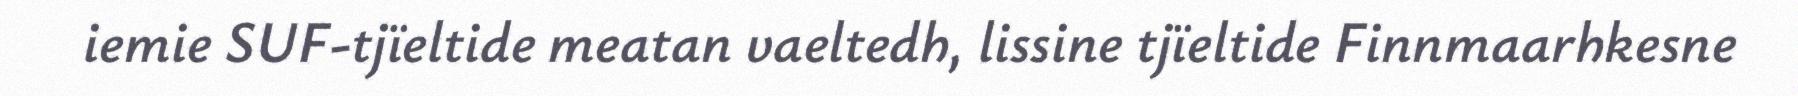
iemie SUF-tjïeltide meatan vaeltedh, lissine tjïeltide Finnmaarhkesne